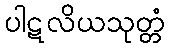
ပါဋလိယသုတ္တံ